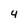
Character: 4